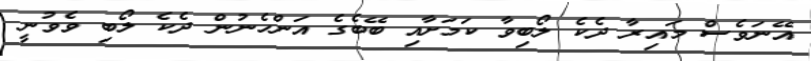
އޭނަވެސް މައިރާ ދެކެ ލޯބިވާ ކަމަށާއި ބޭބެގެ އަންހެނުން ދެކެ ލޯބި ވެވުނީ